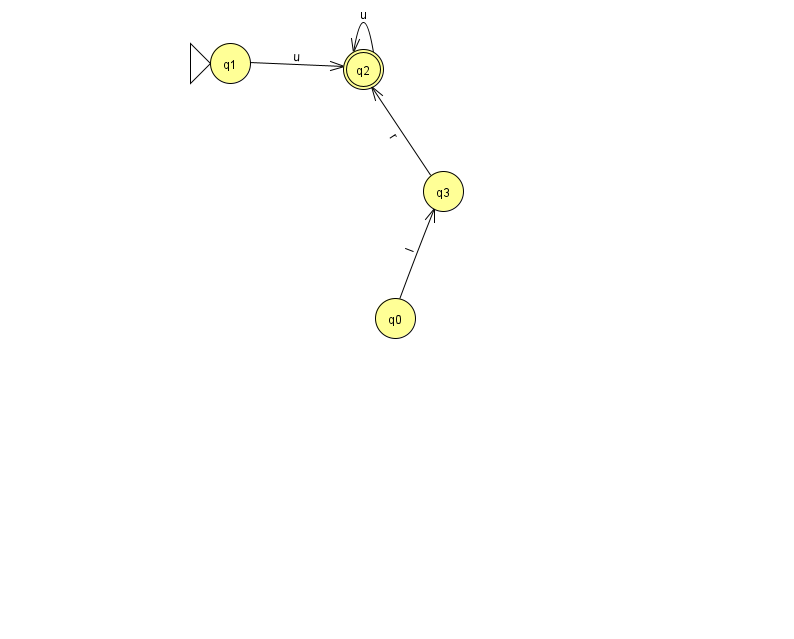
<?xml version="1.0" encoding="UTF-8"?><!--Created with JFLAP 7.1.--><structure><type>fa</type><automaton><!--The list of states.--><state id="0" name="q0"><x>395.0</x><y>305.0</y></state><state id="1" name="q1"><x>230.0</x><y>50.0</y><initial/></state><state id="2" name="q2"><x>363.0</x><y>56.0</y><final/></state><state id="3" name="q3"><x>443.0</x><y>178.0</y></state><!--The list of transitions.--><transition><from>0</from><to>3</to><read>I</read></transition><transition><from>2</from><to>2</to><read>u</read></transition><transition><from>1</from><to>2</to><read>u</read></transition><transition><from>3</from><to>2</to><read>r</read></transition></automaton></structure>